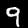
Label: 9